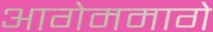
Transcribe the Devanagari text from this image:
आगेममागे